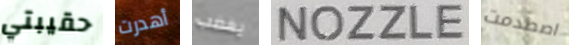
حقيبتي أهدرت يغضب NOZZLE اصطدمت